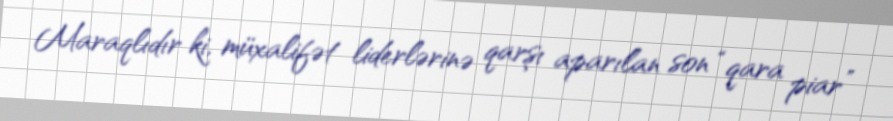
Maraqlıdır ki, müxalifət liderlərinə qarşı aparılan son “qara piar”